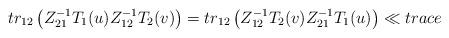
LaTeX: \begin{align*}tr_{12}\left(Z_{21}^{-1} T_{1}(u)Z_{12}^{-1} T_{2}(v)\right)=tr_{12}\left( Z_{12}^{-1} T_{2}(v) Z_{21}^{-1} T_{1}(u)\right)\ll{trace}\end{align*}